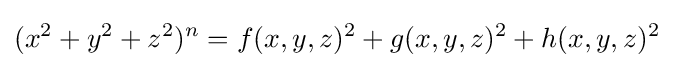
(x^{2}+y^{2}+z^{2})^{n}=f(x,y,z)^{2}+g(x,y,z)^{2}+h(x,y,z)^{2}